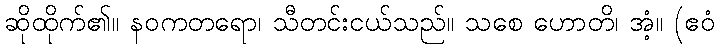
ဆိုထိုက်၏။ နဝကတရော၊ သီတင်းငယ်သည်။ သစေ ဟောတိ၊ အံ့။ (ဧဝံ